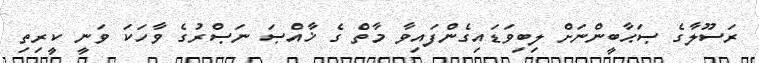
ރަސޫލާގެ ޞަޙާބީންނަށް ލިބިވަޑައިގެންފައިވާ މާތް ގެ ޚާއްޞަ ނަޞްރުގެ ވާހަކަ ވަނީ ކީރިތި